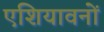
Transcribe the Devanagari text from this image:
एशियावनों